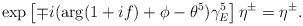
\begin{align*}\exp\left[\mp i(\arg(1+if)+\phi-\theta^5)\gamma_E^5\right]\eta^\pm=\eta^\pm.\end{align*}